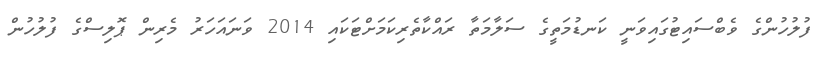
ފުލުހުންގެ ވެބްސައިޓުގައިވަނީ ކަނޑުމަތީގެ ސަލާމަތާ ރައްކާތެރިކަމަށްޓަކައި 2014 ވަނައަހަރު މެރިން ޕޮލިސްގެ ފުލުހުން